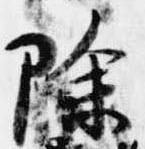
除